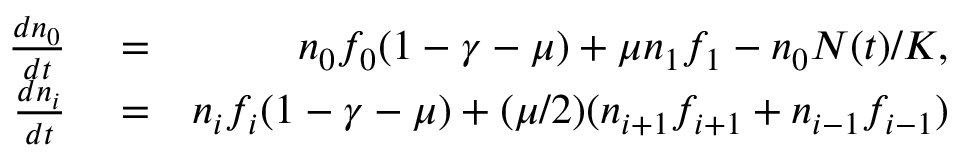
\begin{array} { r l r } { \frac { d n _ { 0 } } { d t } } & { { } = } & { n _ { 0 } f _ { 0 } ( 1 - \gamma - \mu ) + \mu n _ { 1 } f _ { 1 } - n _ { 0 } N ( t ) / K , } \\ { \frac { d n _ { i } } { d t } } & { { } = } & { n _ { i } f _ { i } ( 1 - \gamma - \mu ) + ( \mu / 2 ) ( n _ { i + 1 } f _ { i + 1 } + n _ { i - 1 } f _ { i - 1 } ) } \end{array}